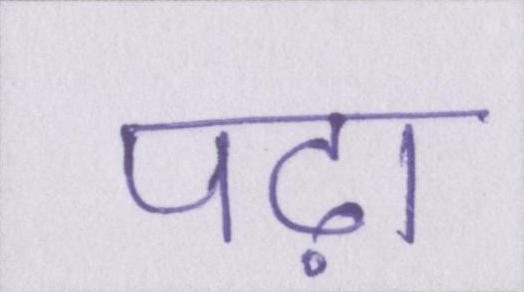
पढ़ा